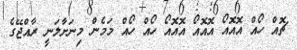
ޗޮއް ހޯއް އޮއޮއޯ އޮއޮއޯ އޮއޮއޯ ހޯއް ހޯއް މަމެން މިނަށާލަނީ ރާއްޖޭގެ